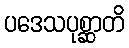
ပဒေသပုစ္ဆာတိ